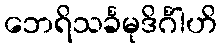
ဘေရိသင်္ခမုဒိင်္ဂါဟိ